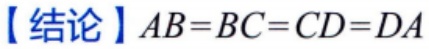
【结论】\(AB = BC = CD = DA\)